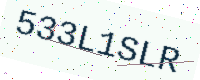
Text: 533L1SLR